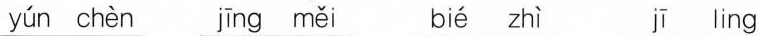
yún chèn jīng měi bié zhì jī ling